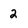
Character: 2